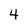
Character: 4